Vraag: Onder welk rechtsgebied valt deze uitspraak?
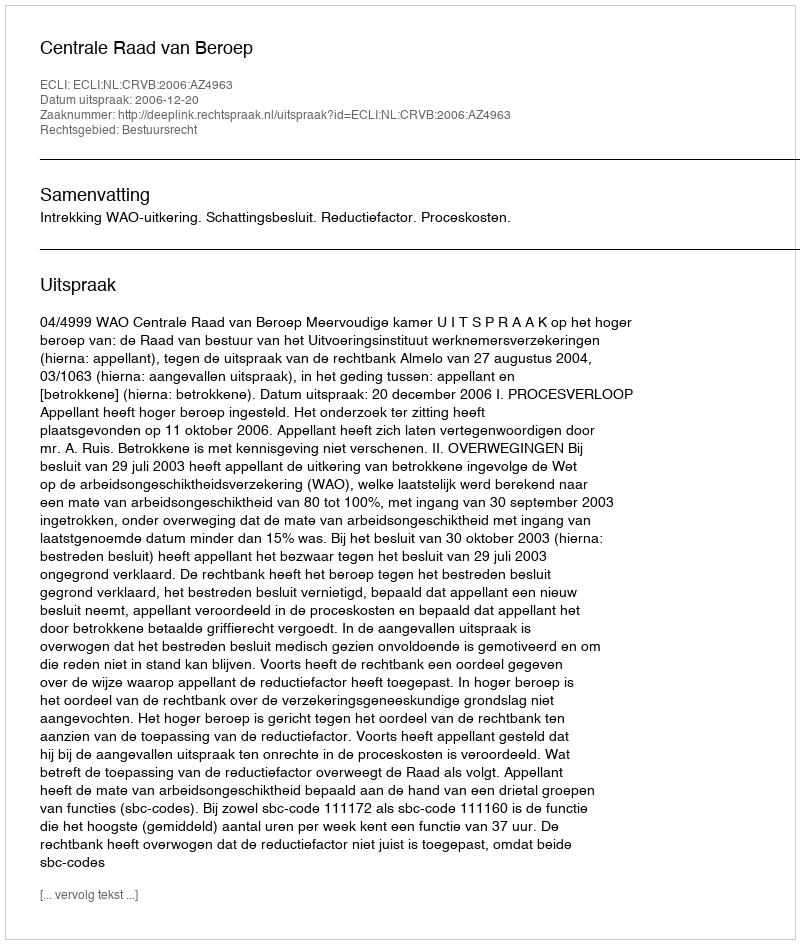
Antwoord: Bestuursrecht